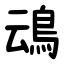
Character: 䲰